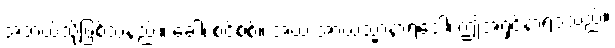
အဘယ်သို့ဖြစ်သနည်း။ ခေါ၊ စင်စစ်။ အယံ အာယသ္မာနာရဒေါ၊ ဤအရှင်နာရဒသည်။